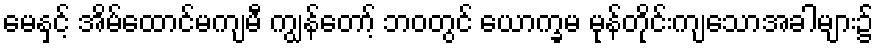
မေနှင့် အိမ်ထောင်မကျမီ ကျွန်တော့် ဘဝတွင် ယောက္ခမ မုန်တိုင်းကျသောအခါများ၌